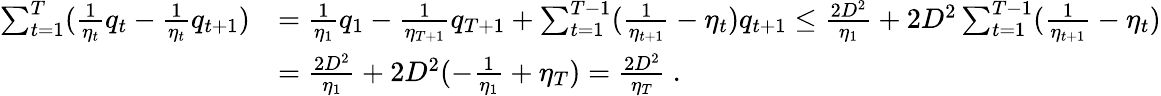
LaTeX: \begin{array}{rl}{\sum_{t=1}^{T}(\frac{1}{\eta_{t}}q_{t}-\frac{1}{\eta_{t}}q_{t+1})}&{=\frac{1}{\eta_{1}}q_{1}-\frac{1}{\eta_{T+1}}q_{T+1}+\sum_{t=1}^{T-1}(\frac{1}{\eta_{t+1}}-\eta_{t})q_{t+1}\leq\frac{2D^{2}}{\eta_{1}}+2D^{2}\sum_{t=1}^{T-1}(\frac{1}{\eta_{t+1}}-\eta_{t})}\\ &{=\frac{2D^{2}}{\eta_{1}}+2D^{2}(-\frac{1}{\eta_{1}}+\eta_{T})=\frac{2D^{2}}{\eta_{T}}~.}\end{array}